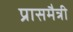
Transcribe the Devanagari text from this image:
प्रासमैत्री